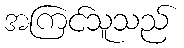
အကြင်သူသည်